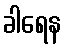
ခါရေန